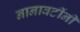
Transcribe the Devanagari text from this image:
नानावटींनी